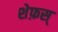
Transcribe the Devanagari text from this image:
शेफ़स्